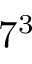
7 ^ { 3 }